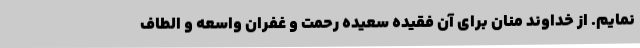
نمایم. از خداوند منان برای آن فقیده سعیده رحمت و غفران واسعه و الطاف